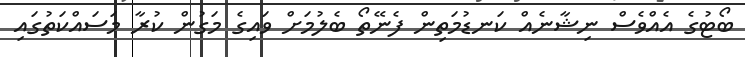
ބޯޓުގެ އެއްވެސް ނިޝާނެއް ކަނޑުމަތިން ފެނޭތޯ ބެލުމަށް ވައިގެ މަގުން ކުރާ މަސައްކަތުގައި